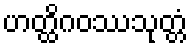
ဟတ္ထိဂဝဿသုတ္တံ